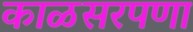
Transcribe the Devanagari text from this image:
काळसरपणा